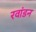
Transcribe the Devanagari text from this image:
रवांडन